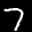
Label: 7